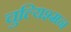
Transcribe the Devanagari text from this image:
चुल्यिश्मन